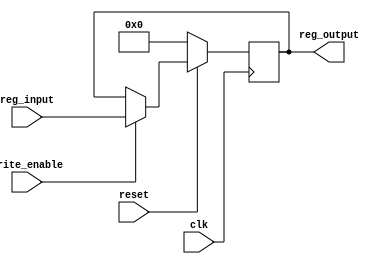
`timescale 1ns / 1ps

module data_holder(
    input clk,
    input reset,
    input write_enable,
    input [31:0] reg_input,
    output reg [31:0] reg_output
    );

    initial begin 
        reg_output <= 32'h0000_0000;
    end

    always @(posedge clk) begin
        if (!reset) begin
            reg_output <= 32'h0000_0000;
        end
        else begin
            if (write_enable) begin
                reg_output <= reg_input;
            end
        end
    end

endmodule